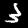
Label: 3